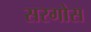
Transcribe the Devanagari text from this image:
सरगोस